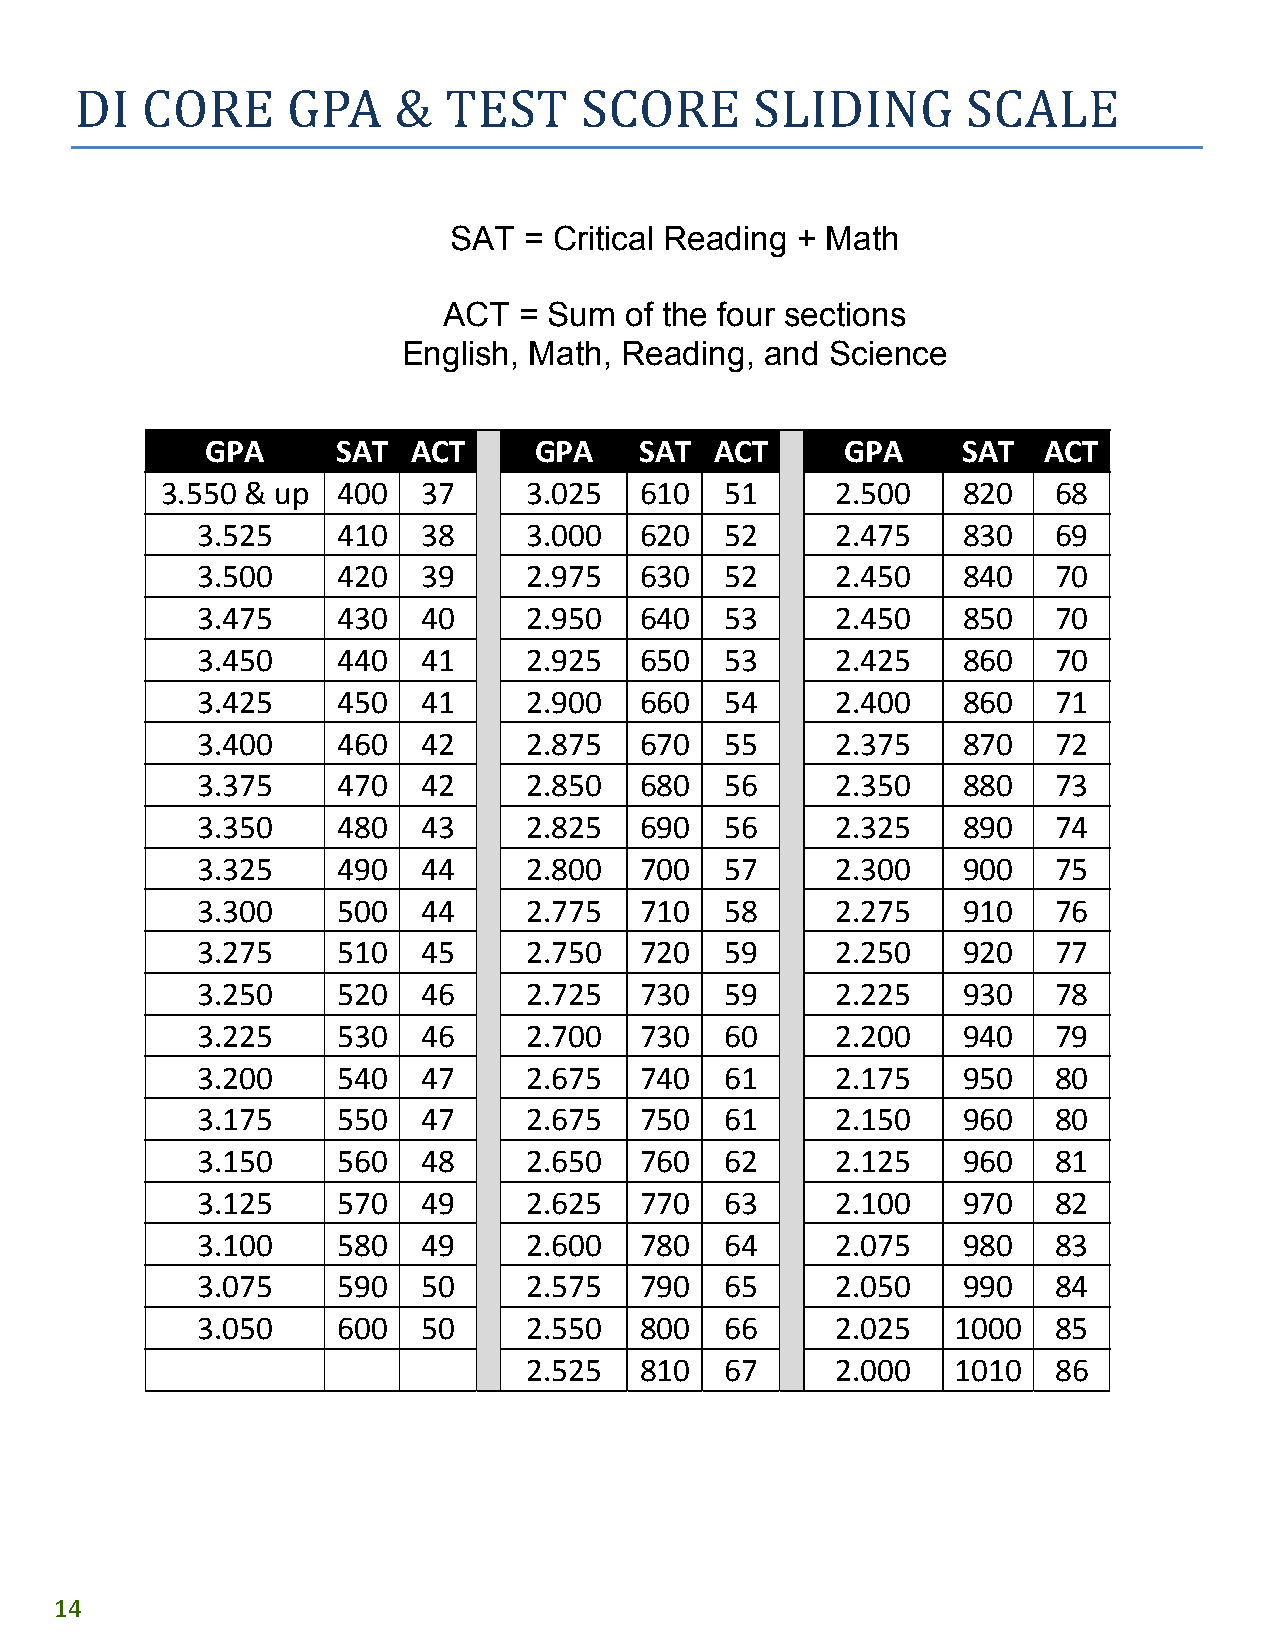
DI  CORE      GPA    &  TEST     SCORE       SLIDING       SCALE
 SAT  = Critical Reading + Math
 ACT  = Sum  of the four sections
 English, Math, Reading, and Science
 GPA     SAT  ACT     GPA    SAT  ACT      GPA     SAT  ACT
 3.550 & up 400   37     3.025  610   51     2.500    820   68
 3.525    410   38     3.000  620   52     2.475    830   69
 3.500    420   39     2.975  630   52     2.450    840   70
 3.475    430   40     2.950  640   53     2.450    850   70
 3.450    440   41     2.925  650   53     2.425    860   70
 3.425    450   41     2.900  660   54     2.400    860   71
 3.400    460   42     2.875  670   55     2.375    870   72
 3.375    470   42     2.850  680   56     2.350    880   73
 3.350    480   43     2.825  690   56     2.325    890   74
 3.325    490   44     2.800  700   57     2.300    900   75
 3.300    500   44     2.775  710   58     2.275    910   76
 3.275    510   45     2.750  720   59     2.250    920   77
 3.250    520   46     2.725  730   59     2.225    930   78
 3.225    530   46     2.700  730   60     2.200    940   79
 3.200    540   47     2.675  740   61     2.175    950   80
 3.175    550   47     2.675  750   61     2.150    960   80
 3.150    560   48     2.650  760   62     2.125    960   81
 3.125    570   49     2.625  770   63     2.100    970   82
 3.100    580   49     2.600  780   64     2.075    980   83
 3.075    590   50     2.575  790   65     2.050    990   84
 3.050    600   50     2.550  800   66     2.025   1000   85
 2.525  810   67     2.000   1010   86
 14